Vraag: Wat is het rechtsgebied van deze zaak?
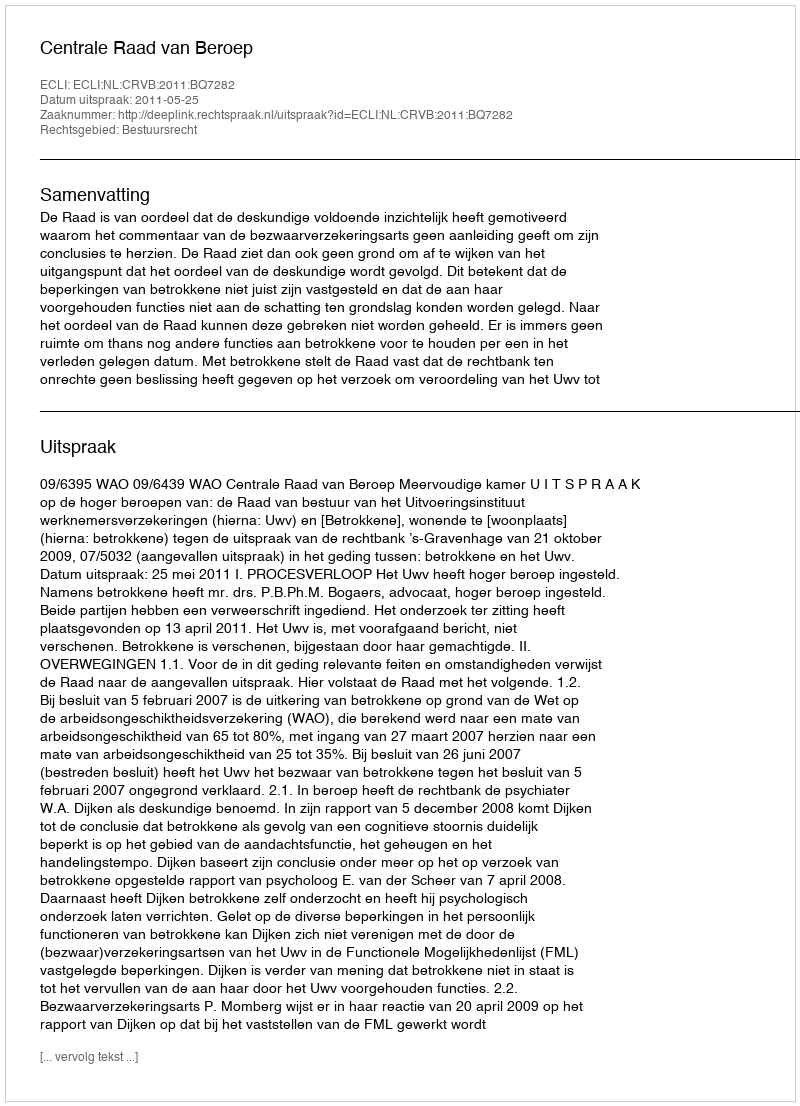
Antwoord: Bestuursrecht